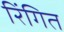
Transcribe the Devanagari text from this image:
रिंगित